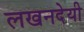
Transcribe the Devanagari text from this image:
लखनदेयी